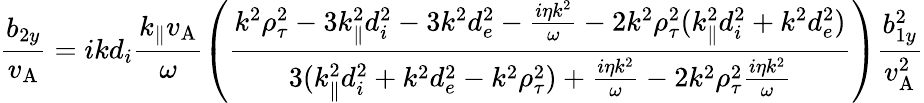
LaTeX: \frac{b_{2y}}{v_{\mathrm{A}}}=ikd_{i}\frac{k_{\parallel}v_{\mathrm{A}}}{\omega}\left(\frac{k^{2}\rho_{\tau}^{2}-3k_{\parallel}^{2}d_{i}^{2}-3k^{2}d_{e}^{2}-\frac{i\eta k^{2}}{\omega}-2k^{2}\rho_{\tau}^{2}(k_{\parallel}^{2}d_{i}^{2}+k^{2}d_{e}^{2})}{3(k_{\parallel}^{2}d_{i}^{2}+k^{2}d_{e}^{2}-k^{2}\rho_{\tau}^{2})+\frac{i\eta k^{2}}{\omega}-2k^{2}\rho_{\tau}^{2}\frac{i\eta k^{2}}{\omega}}\right)\frac{b_{1y}^{2}}{v_{\mathrm{A}}^{2}}